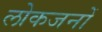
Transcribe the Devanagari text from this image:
लोकजनों